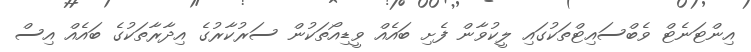
އިންޓަނެޓް ވެބްސައިޓްތަކުގައި ލީކުވާން ފެށި ބައެއް ވީޑިއޯތަކުން ސަރުކާރުގެ އިދާރާތަކުގެ ބައެއް އިސް